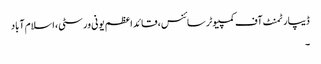
ڈیپارٹمنٹ آف کمپیوٹر سائنس، قائد اعظم یونی ورسٹی، اسلام آباد
۔